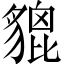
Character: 貔